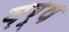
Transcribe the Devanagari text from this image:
व़र्ष